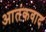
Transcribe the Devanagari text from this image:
अातंकवाद